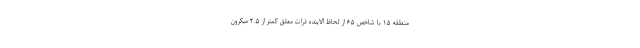
منطقه ۱۵ با شاخص ۶۵ از لحاظ آلاینده ذرات معلق کمتر از ۲.۵ میکرون